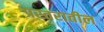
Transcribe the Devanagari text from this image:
प्रस्तरातील